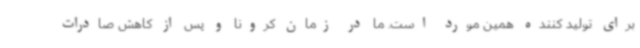
برای تولید کننده همین مورد است. ما در زمان کرونا و پس از کاهش صادرات